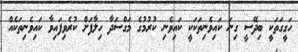
ހަގީގަތަކީ ބިދޭސީ ގިނަ ކައިވެނިތަކަކީ ކައިވެނި ކުރުމުގެ މަގްސަދާ ހިލާފަށް ކުރެވިފައިވާ ކައިވެނިތަކެއް